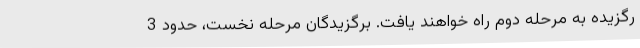
رگزیده به مرحله دوم راه خواهند یافت. برگزیدگان مرحله نخست، حدود 3